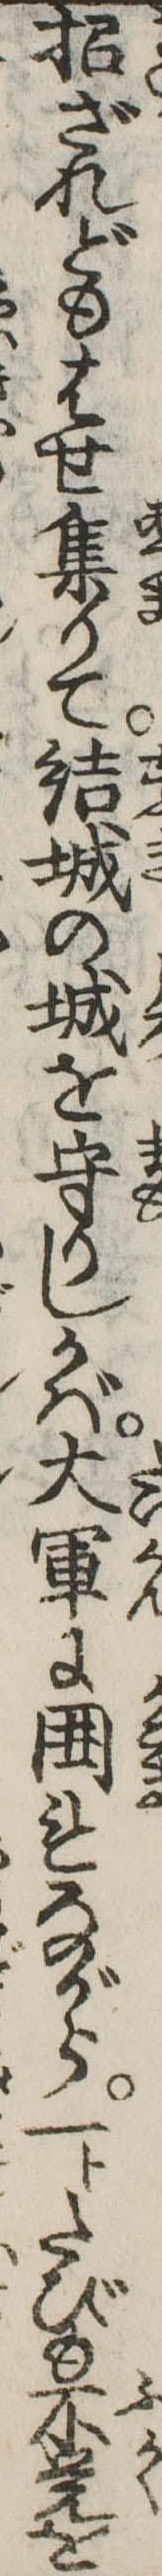
招ざれどもはせ集りて結城の城を守りしかば大軍に囲れながら一トたびも不覚を